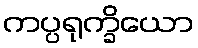
ကပ္ပရုက္ခိယော